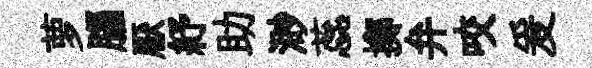
萝腦厭紓助渺蕊擲弁咬爰